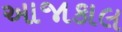
આજાકાલ